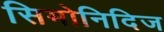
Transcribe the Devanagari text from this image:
सिमोनिदिज